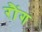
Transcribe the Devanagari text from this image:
रौंग